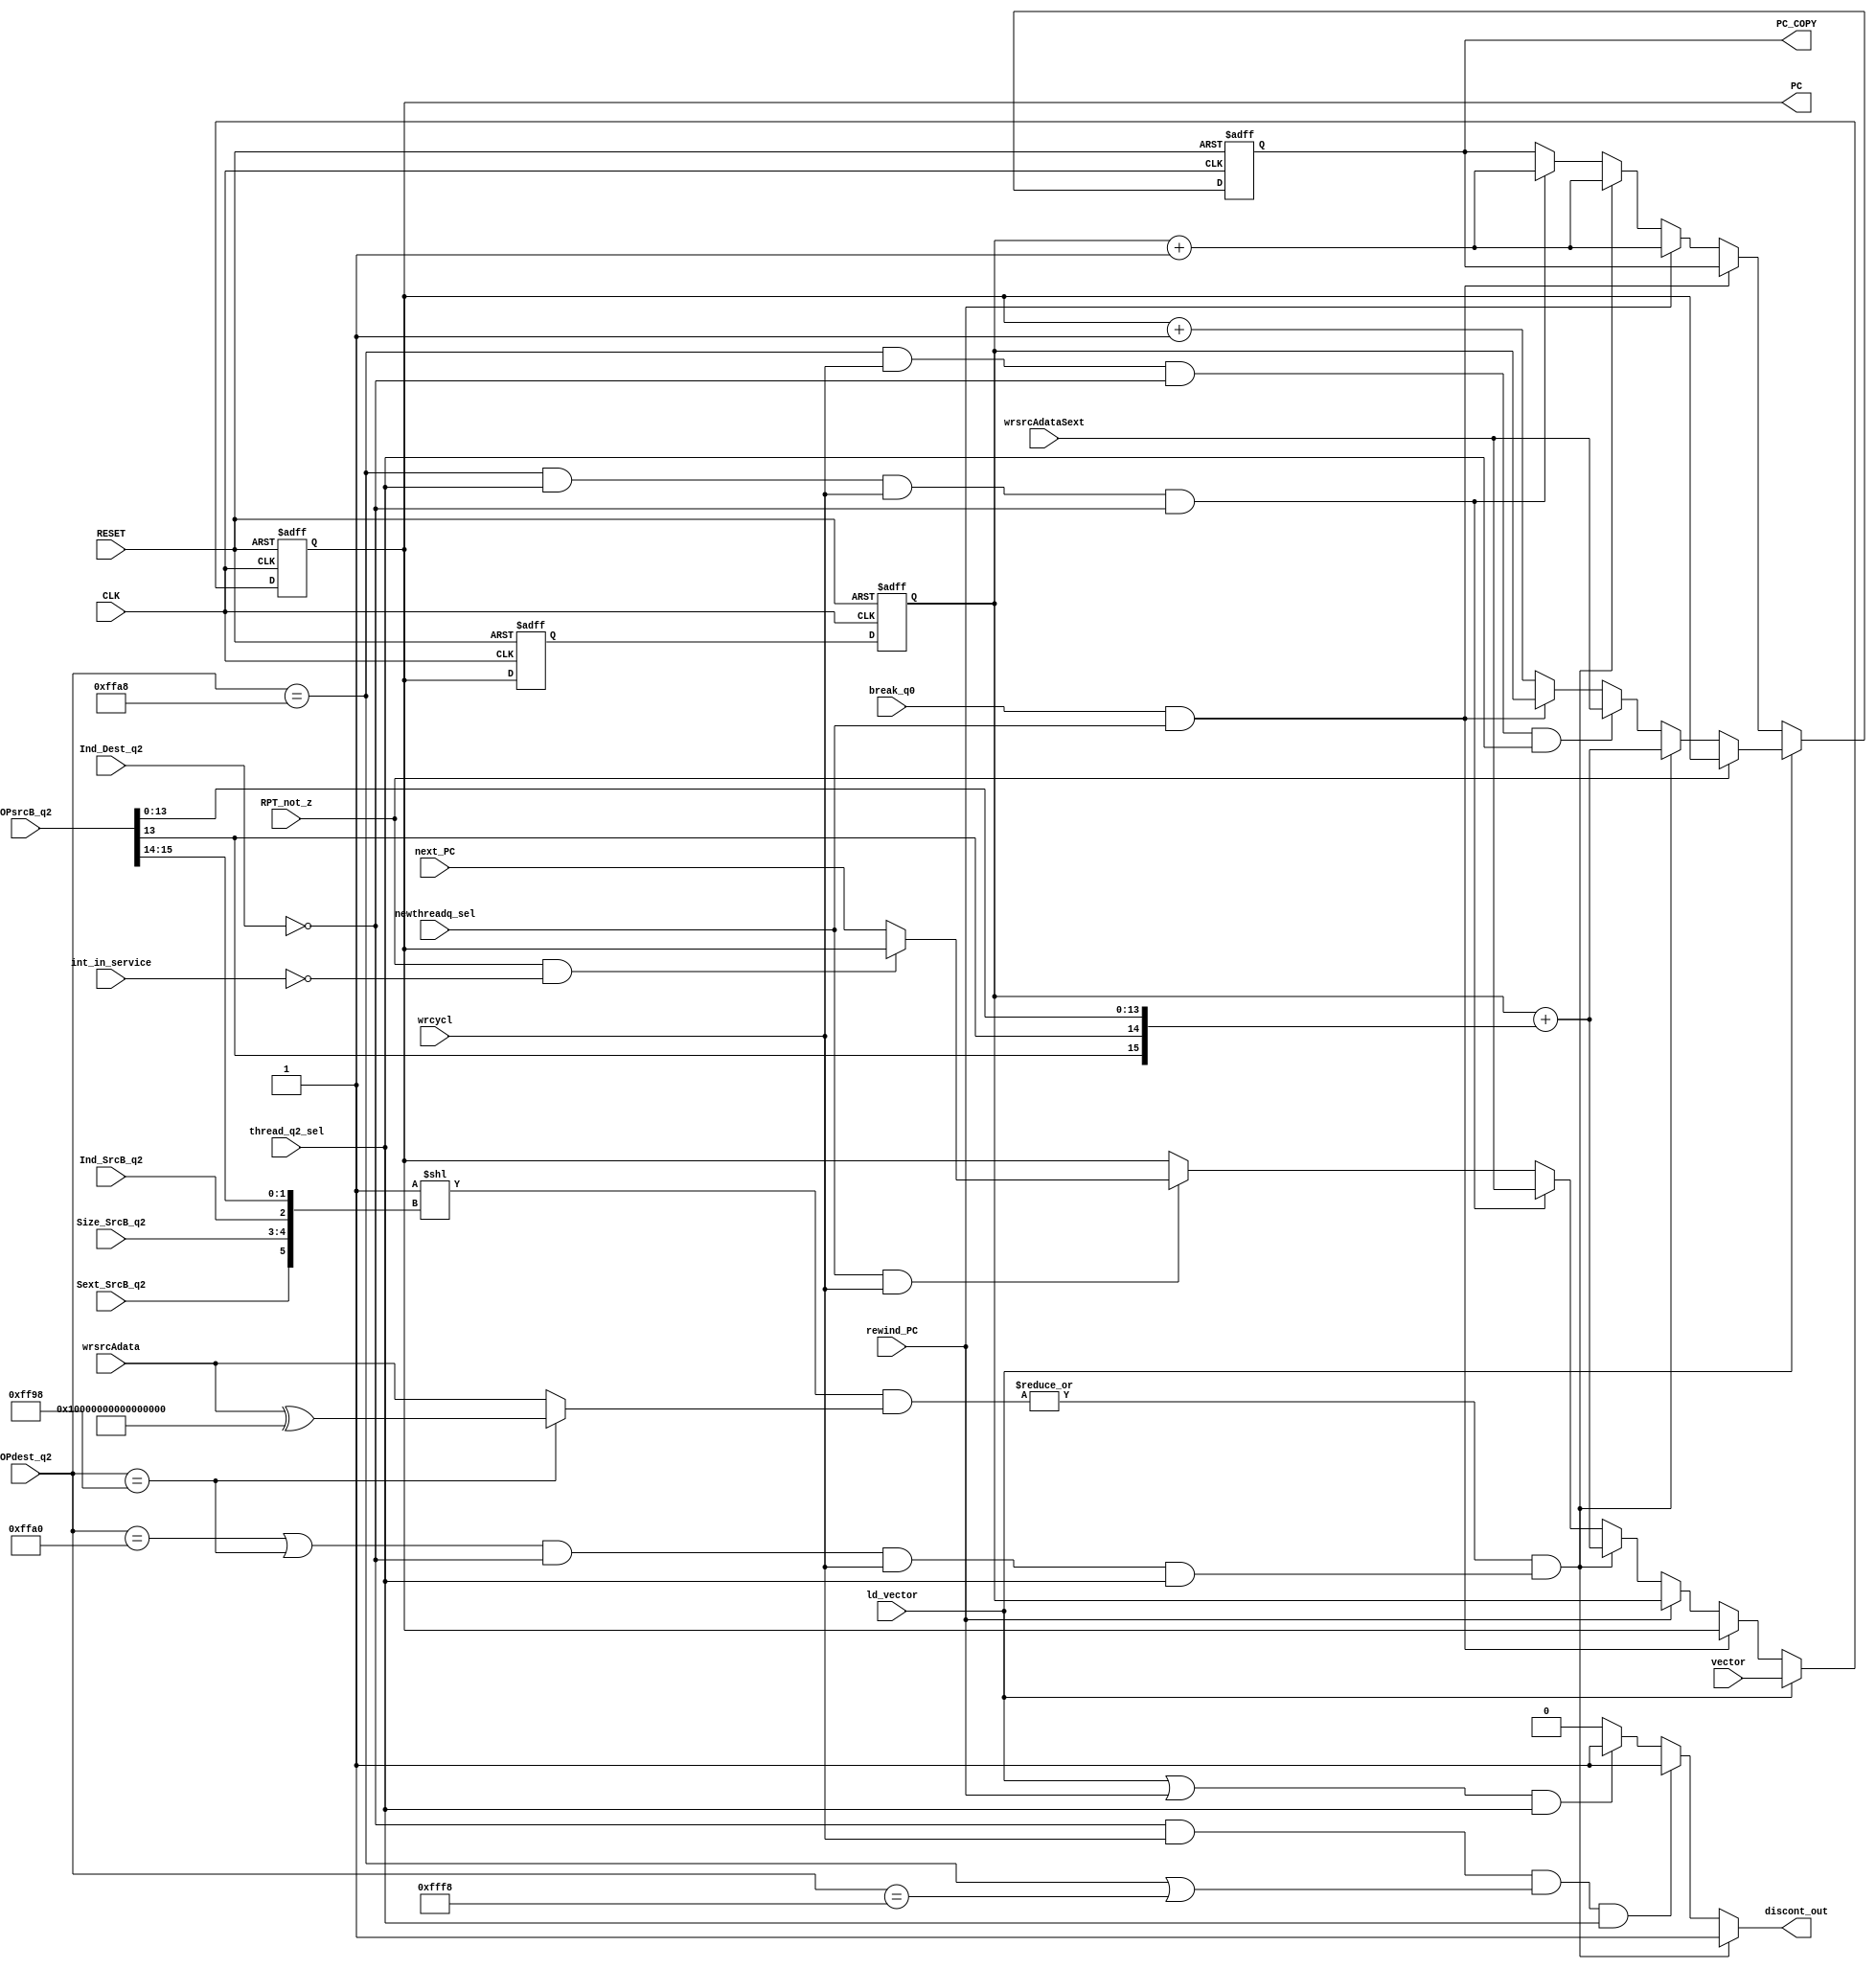
 // PC.v
 `timescale 1ns/100ps
 // Version:  2.14  Sept. 22, 2017
 // Copyright (C) 2014-2017.  All rights reserved.
/////////////////////////////////////////////////////////////////////////////////////////////////////////////////////
//                                                                                                                 //
//                                 SYMPL 64-BIT GP-GPU Compute Engine                                              //
//                              Evaluation and Product Development License                                         //
//                                                                                                                 //
// Provided that you comply with all the terms and conditions set forth herein, Jerry D. Harthcock ("licensor"),   //
// the original author and exclusive copyright owner of these SYMPL 64-BIT ~ Verilog RTL IP cores and related      //
// development software ("this IP")  hereby grants recipient of this IP ("licensee"), a world-wide, paid-up,       //
// non-exclusi~ve license to implement this IP in Xilinx, Altera, MicroSemi or Lattice Semiconductor brand FPGAs   //
// only and used for the purposes of evaluation, education, and development of end products and related            //
// development tools only.  Furthermore, limited to the  the purposes of prototyping, evaluation, characterization //
// and testing of their implementation in a hard,  custom or semi-custom ASIC, any university or institution of    //
// higher education may have their implementation of  this IP produced for said limited purposes at any foundary   //
// of their choosing provided that such prototypes do  not ever wind up in commercial circulation with such        //
// license extending to said foundary and is in connection  with said academic pursuit and under the supervision   //
// of said university or institution of higher education.                                                          //
//                                                                                                                 //
// Any customization, modification, or derivative work of this IP must include an exact copy of this license       //
// and original copyright notice at the very top of each source file and derived netlist, and, in the case of      //
// binaries, a printed copy of this license and/or a text format copy in a separate file distributed with said     //
// netlists or binary files having the file name, "LICENSE.txt".  You, the licensee, also agree not to remove      //
// any copyright notices from any source file covered under this Evaluation and Product Development License.       //
//                                                                                                                 //
// LICENSOR DOES NOT WARRANT OR GUARANTEE THAT YOUR USE OF THIS IP WILL NOT INFRINGE THE RIGHTS OF OTHERS OR       //
// THAT IT IS SUITABLE OR FIT FOR ANY PURPOSE AND THAT YOU, THE LICENSEE, AGREE TO HOLD LICENSOR HARMLESS FROM     //
// ANY CLAIM BROUGHT BY YOU OR ANY THIRD PARTY FOR YOUR SUCH USE.                                                  //
//                                                                                                                 //
// Licensor reserves all his rights without prejudice, including, but in no way limited to, the right to change    //
// or modify the terms and conditions of this Evaluation and Product Development License anytime without notice    //
// of any kind to anyone. By using this IP for any purpose, you agree to all the terms and conditions set forth    //
// in this Evaluation and Product Development License.                                                             //
//                                                                                                                 //
// This Evaluation and Product Development License does not include the right to sell products that incorporate    //
// this IP, any IP derived from this IP.  If you would like to obtain such a license, please contact Licensor.     //
//                                                                                                                 //
// Licensor can be contacted at:  SYMPL.gpu@gmail.com                                                              //
//                                                                                                                 //
/////////////////////////////////////////////////////////////////////////////////////////////////////////////////////

module PROG_ADDRS(
    CLK,
    RESET,
    newthreadq_sel,
    thread_q2_sel,
    Ind_Dest_q2,
    Ind_SrcB_q2,
    Size_SrcB_q2,
    Sext_SrcB_q2,
    OPdest_q2,
    wrsrcAdata,
    wrsrcAdataSext,
    ld_vector,
    vector,
    rewind_PC,
    wrcycl,        
    discont_out,
    OPsrcB_q2,
    RPT_not_z,
    next_PC,
    PC,
    PC_COPY,
    break_q0,
    int_in_service
    );
 input         CLK;
 input         RESET;
 input         newthreadq_sel;
 input         thread_q2_sel; 
 input         Ind_Dest_q2;   //    ____
 input         Ind_SrcB_q2;   // --|
 input  [1:0]  Size_SrcB_q2;  // --| these bits (can) form part of the bit# for bitsel function
 input         Sext_SrcB_q2;  // --|___
 input  [15:0] OPdest_q2;
 input  [63:0] wrsrcAdata;
 input  [15:0] wrsrcAdataSext;
 input         ld_vector;
 input  [15:0] vector;
 input         rewind_PC;
 input         wrcycl; 
 output        discont_out;       
 input  [15:0] OPsrcB_q2;
 input         RPT_not_z;
 input  [15:0] next_PC;
 output [15:0] PC;
 output [15:0] PC_COPY;
 input         break_q0;
 input         int_in_service;

parameter     BTBS_ =  16'hFFA0;   // bit test and branch if set
parameter     BTBC_ =  16'hFF98;   // bit test and branch if clear
parameter     BRAL_ =  16'hFFF8;   // branch relative long
parameter     JMPA_ =  16'hFFA8;   // jump absolute long

parameter PC_COPY_ADDRS = 16'hFF90;

reg [15:0] PC;
reg [15:0] PC_COPY;
reg [15:0] pc_q2;
reg [15:0] pc_q1;

reg discont_out;


wire BTB_; 

wire [63:0] bitsel;
wire bitmatch;
wire [5:0] bit_number;
wire [63:0] not_wrsrcAdata;

assign not_wrsrcAdata = wrsrcAdata ^ 64'hFFFF_FFFF_FFFF_FFFF;

assign bit_number = {Sext_SrcB_q2, Size_SrcB_q2[1:0], Ind_SrcB_q2, OPsrcB_q2[15:14]};

assign BTB_  = ((OPdest_q2==BTBS_) || (OPdest_q2==BTBC_)) && ~Ind_Dest_q2 && wrcycl && thread_q2_sel;
assign bitsel = 1'b1<< bit_number;
assign bitmatch = |(bitsel & ((OPdest_q2==BTBC_) ? not_wrsrcAdata : wrsrcAdata)) && BTB_;

always @(*) begin
    if(bitmatch) discont_out = 1'b1;
    else if (~Ind_Dest_q2 && wrcycl && ((OPdest_q2==JMPA_) || (OPdest_q2==BRAL_)) && thread_q2_sel) discont_out = 1'b1;
    else if ((ld_vector || rewind_PC) && thread_q2_sel) discont_out = 1'b1;
    else discont_out = 1'b0;         
end            


always @(posedge CLK or posedge RESET) begin
    if (RESET) begin
        PC <= 16'h0100;
        PC_COPY <= 16'h0100;
        pc_q2 <= 16'h0000;
        pc_q1 <= 16'h0000;
    end
    else begin
        pc_q1 <= PC;
        pc_q2 <= pc_q1;
        
        if (ld_vector) begin
            PC[15:0]  <= vector[15:0];
            if (RPT_not_z) PC_COPY <= PC;
            else if (bitmatch) PC_COPY <= pc_q2 + {{2{OPsrcB_q2[13]}}, OPsrcB_q2[13:0]};
            else if ((OPdest_q2==JMPA_) && wrcycl && ~Ind_Dest_q2 && thread_q2_sel) PC_COPY[15:0] <= wrsrcAdataSext[15:0];  
            else PC_COPY <= (break_q0 && newthreadq_sel) ? pc_q2[15:0] : PC + 1'b1;
        end   
//        else if (break_q0 && newthreadq_sel) PC[15:0] <= pc_q2[15:0];             
        else if (break_q0 && newthreadq_sel);  // do nothing to PC or PC_COPY           
        else if (rewind_PC) begin
            PC[15:0] <= pc_q2[15:0];
            PC_COPY[15:0] <= pc_q2[15:0] + 1'b1; 
        end
        else if (bitmatch) begin            
            PC[15:0] <= pc_q2[15:0] + {{2{OPsrcB_q2[13]}}, OPsrcB_q2[13:0]};             
            PC_COPY[15:0] <= pc_q2[15:0] + 1'b1; 
        end         
        else if ((OPdest_q2==JMPA_) && thread_q2_sel && wrcycl && ~Ind_Dest_q2) begin
            PC[15:0] <= wrsrcAdataSext[15:0];                       
            PC_COPY[15:0] <= pc_q2[15:0] + 1'b1;  //don't copy PC if interrupt vector fetch
        end      
        else if (newthreadq_sel && wrcycl) PC[15:0] <= (RPT_not_z && ~int_in_service) ? PC[15:0] : next_PC[15:0]; 
    end
end    

endmodule